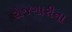
રોજગારીના